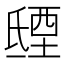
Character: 𣱐